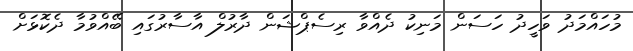
މުހައްމަދު ވަހީދު ހަސަން މަނިކު ދެއްވާ ރިސެޕްޝަން ދާރުލް އާސާރުގައި ބޭއްވުމާ ދެކޮޅަށް